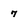
Character: 7